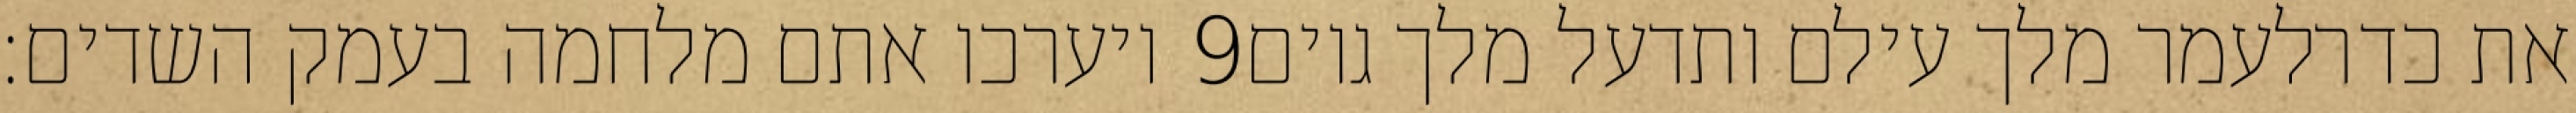
ויערכו אתם מלחמה בעמק השדים׃ ‎9‏ את כדרלעמר מלך עילם ותדעל מלך גוים